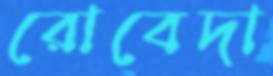
রোবেদা